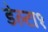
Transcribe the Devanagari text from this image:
डेल्टा१